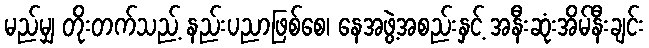
မည်မျှ တိုးတက်သည့် နည်းပညာဖြစ်စေ၊ နေအဖွဲ့အစည်းနှင့် အနီးဆုံးအိမ်နီးချင်း